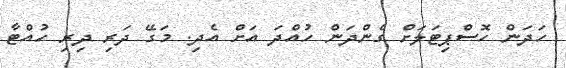
ހަދަން ހޮސްޕިޓަލަށް ގެންދަން ހުއްދަ އަށް އެދި. މަގޭ ދަރި ދިރި ހުއްޓާ